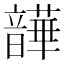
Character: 𫖛